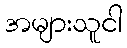
အများသူငါ